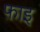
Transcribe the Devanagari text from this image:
फ़ाइ